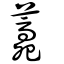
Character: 𧂎